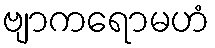
ဗျာကရောမဟံ